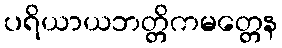
ပရိယာယဘတ္တိကမတ္တေန